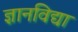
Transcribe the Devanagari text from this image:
ज्ञानविद्या